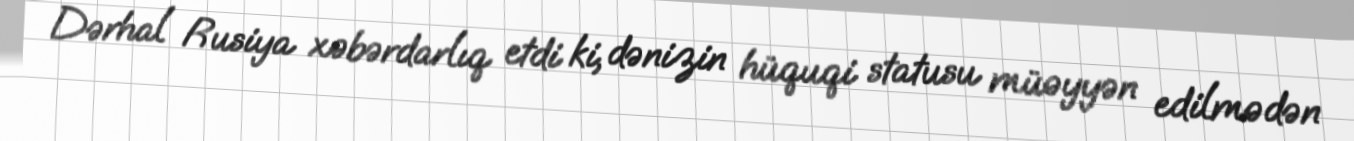
Dərhal Rusiya xəbərdarlıq etdi ki, dənizin hüquqi statusu müəyyən edilmədən